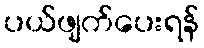
ပယ်ဖျက်ပေးရန်